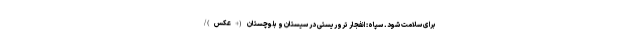
برای سلامت شود. سپاه: انفجار تروریستی در سیستان و بلوچستان (+عکس)/